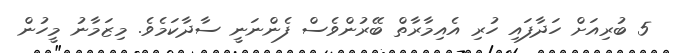
5 ބުރިއަށް ހަދާފައި ހުރި އެއިމާރާތް ބޭރުންވެސް ފެންނަނީ ސާދާކަމެވެ. މިޒަމާނު މީހުން